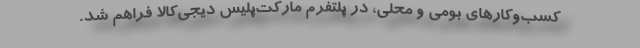
کسب‌و‌کارهای بومی و محلی، در پلتفرم مارکت‌پِلِیس دیجی‌کالا فراهم شد.